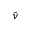
\tilde { \nu }